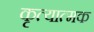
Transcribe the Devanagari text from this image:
कृत्यात्मक